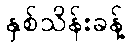
နှစ်သိန်းခန့်